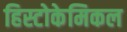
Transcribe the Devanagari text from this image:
हिस्टोकेमिकल